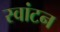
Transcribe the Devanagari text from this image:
स्वांटन